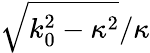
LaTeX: \sqrt{k_{0}^{2}-\kappa^{2}}/\kappa